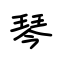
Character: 琴